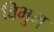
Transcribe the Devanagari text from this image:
विभुम्‌